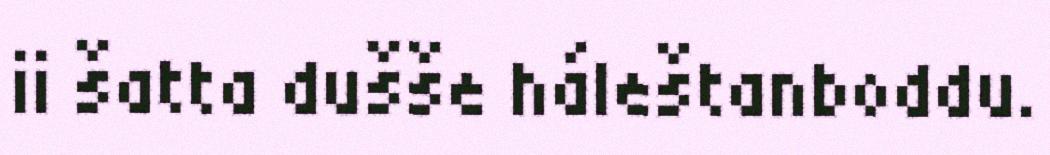
ii šatta dušše háleštanboddu.